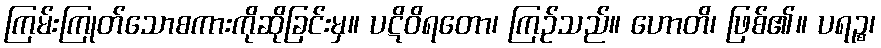
ကြမ်းကြုတ်သောစကားကိုဆိုခြင်းမှ။ ပဋိဝိရတော၊ ကြဉ်သည်။ ဟောတိ၊ ဖြစ်၏။ ပရဉ္စ၊